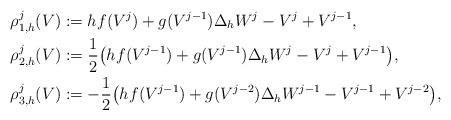
LaTeX: \begin{align*} \rho_{1,h}^j(V) &:= h f(V^j) + g(V^{j-1}) \Delta_h W^j - V^j + V^{j-1},\\ \rho_{2,h}^j(V) &:= \frac{1}{2} \big( h f(V^{j-1}) + g(V^{j-1}) \Delta_h W^j - V^j + V^{j-1} \big),\\ \rho_{3,h}^j(V) &:= -\frac{1}{2} \big( h f(V^{j-1}) + g(V^{j-2}) \Delta_h W^{j-1} - V^{j-1} + V^{j-2} \big), \end{align*}